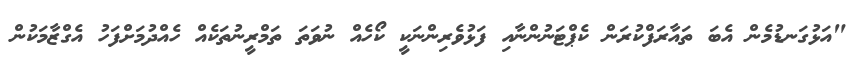
"އަޅުގަނޑުމެން އެބަ ތައާރަފްކުރަން ކެޕްޓަނުންނާއި ފަޅުވެރިންނަކީ ކޯހެއް ނުވަތަ ތަމްރީނުތަކެއް ހެއްދުމަށްފަހު އެގްޒާމަކުން